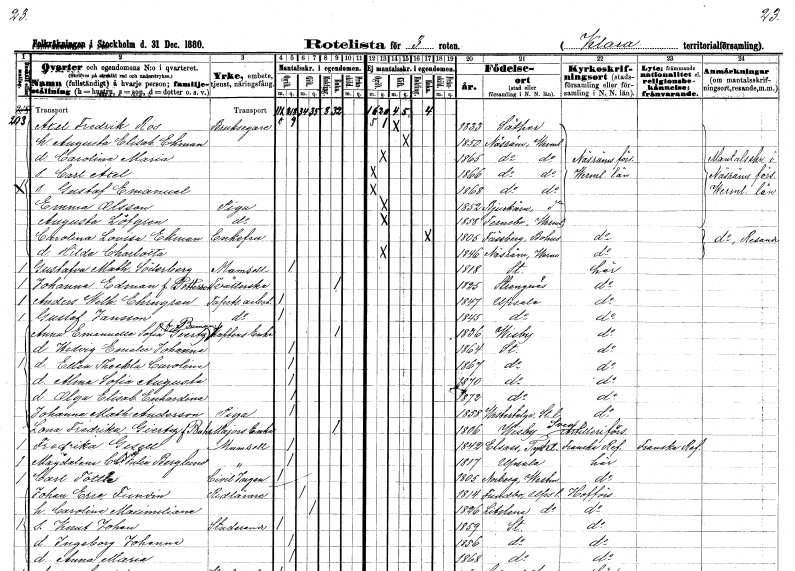
gt_parse: households: individuals: FN: Axel Fredrik
EN: Ros
YRKE: Bruksägare
KON: M
CIV: G
FODAR: 1833
FODFORS: Säter Kopparbergs län
FN: Augusta Elisabet
EN: Ekman
KON: K
CIV: G
FODAR: 1850
FODFORS: Näsräm Värmlands län
FN: Carolina Maria
KON: K
CIV: O
FODAR: 1865
FODFORS: Näsräm Värmlands län
FN: Carl Axel
KON: M
CIV: O
FODAR: 1866
FODFORS: Näsräm Värmlands län
FN: Gustaf Emanuel
KON: M
CIV: O
FODAR: 1868
FODFORS: Näsräm Värmlands län
FN: Emma
EN: Olsson
YRKE: Piga
KON: K
CIV: O
FODAR: 1852
FODFORS: Bjurtjärn Värmlands län
FN: Augusta
EN: Löfgren
YRKE: Piga
KON: K
CIV: O
FODAR: 1858
FODFORS: Färnebo Värmlands län
FN: Carolina Lovisa
EN: Ekman
KON: K
CIV: E
FODAR: 1805
FODFORS: Fässberg Göteborgs- och Bohuslän
FN: Hilda Charlotta
KON: K
CIV: O
FODAR: 1846
FODFORS: Näsräm Värmlands län
FN: Gustafva Mathilda
EN: Söderberg
KON: K
CIV: O
FODAR: 1818
FODFORS: Stockholm
FN: Johanna
EN: Edman Petterson
YRKE: Tvätterska
KON: K
CIV: E
FODAR: 1825
FODFORS: Strängnäs Södermanlands län
FN: Anders Wilhelm
EN: Ehrngren
YRKE: Tapetseriarbetare
KON: M
CIV: O
FODAR: 1847
FODFORS: Uppsala Uppsala län
FN: Gustaf
EN: Jansson
YRKE: Tapetseriarbetare
KON: M
CIV: O
FODAR: 1845
FODFORS: Uppsala Uppsala län
FN: Anna Emanuella Sofia
EN: Giertz Boman
YRKE: Kaptensänka
KON: K
CIV: E
FODAR: 1836
FODFORS: Visby Gotlands län
FN: Hedvig Emelie Johanna
KON: K
CIV: O
FODAR: 1864
FODFORS: Stockholm
FN: Ellen Theckla Carolina
KON: K
CIV: O
FODAR: 1867
FODFORS: Stockholm
FN: Alma Sofia Augusta
KON: K
CIV: O
FODAR: 1870
FODFORS: Stockholm
FN: Olga Elisabet Enhardina
KON: K
CIV: O
FODAR: 1872
FODFORS: Stockholm
FN: Johanna Mathilda
EN: Anderson
YRKE: Piga
KON: K
CIV: O
FODAR: 1858
FODFORS: Västertälje Stockholms län
FN: Lona Fredrika
EN: Giertz Bahr
YRKE: Majorsänka
KON: K
CIV: E
FODAR: 1806
FODFORS: Visby Gotlands län
FN: Fredrika
EN: Gisell
KON: K
CIV: O
FODAR: 1842
FN: Magdalena Chatrina Julia
EN: Berglund
KON: K
CIV: O
FODAR: 1817
FODFORS: Uppsala Uppsala län
FN: Carl
EN: Tottie
YRKE: Civilingenjör
KON: M
CIV: O
FODAR: 1805
FODFORS: Norberg Västmanlands län
FN: Johan Eric
EN: Fundin
YRKE: Ridlärare
KON: M
CIV: G
FODAR: 1814
FODFORS: Funbo Uppsala län
FN: Carolina Maximiliana
KON: K
CIV: G
FODAR: 1826
FODFORS: Litslena Uppsala län
FN: Knut Johan
YRKE: Studerande
KON: M
CIV: O
FODAR: 1859
FODFORS: Stockholm
FN: Ingeborg Johanna
KON: K
CIV: O
FODAR: 1856
FODFORS: Stockholm
FN: Anna Maria
KON: K
CIV: O
FODAR: 1868
FODFORS: Stockholm